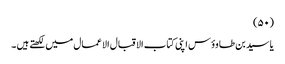
(۵۰)
یا سید بن طاوؤس اپنی کتاب الاقبال الاعمال میں لکھتے ہیں ۔